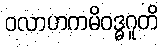
ဝလာဟကမိဝဒ္ဓဂူတိ